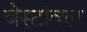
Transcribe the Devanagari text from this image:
बेस्टोवल